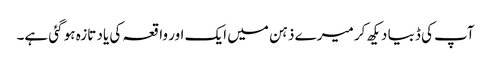
آپ کی ڈبیا دیکھ کر میرے ذہن میں ایک اور واقعہ کی یاد تازہ ہو گئی ہے۔